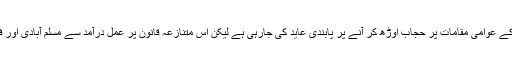
فرانس یورپی یونین کا پہلا رکن ملک ہے جہاں مسلم خواتین کے عوامی مقامات پر حجاب اوڑھ کر آنے پر پابندی عاید کی جارہی ہے لیکن اس متنازعہ قانون پر عمل درآمد سے مسلم آبادی اور فرانسیسی حکام کے درمیان نئی محاذآرائی جنم لے سکتی ہے۔